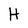
Character: H